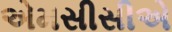
એમસીસીએ